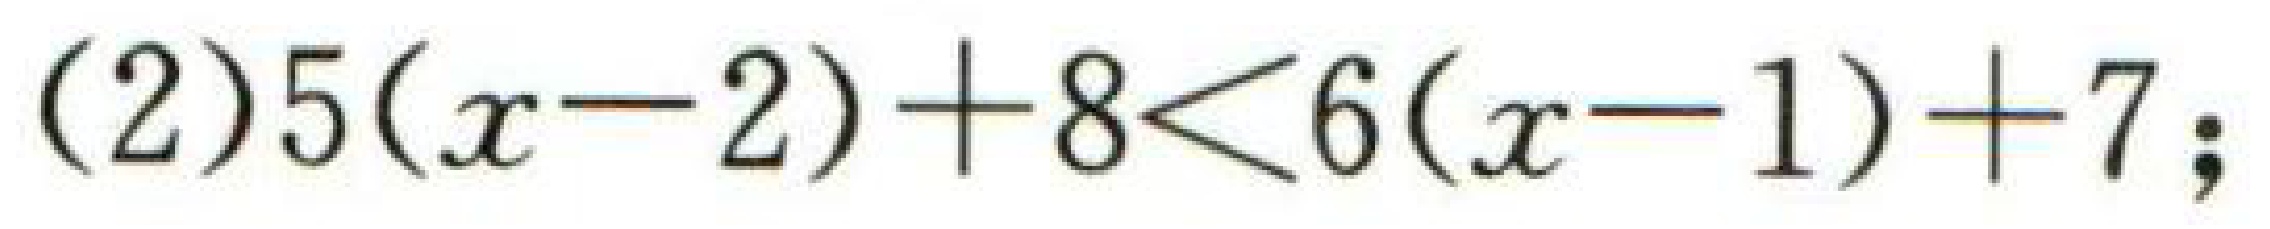
(2)\(5(x - 2)+8<6(x - 1)+7\);